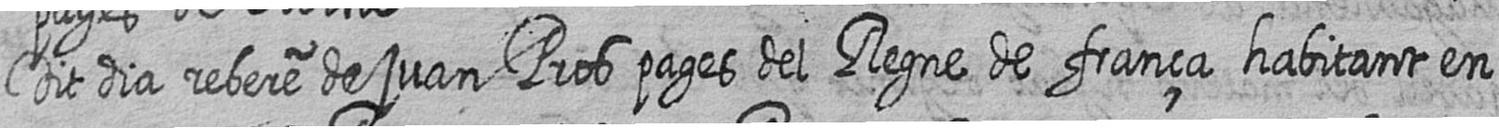
Dit dia rebere de juan Pros pages del Regne de frança habitant en